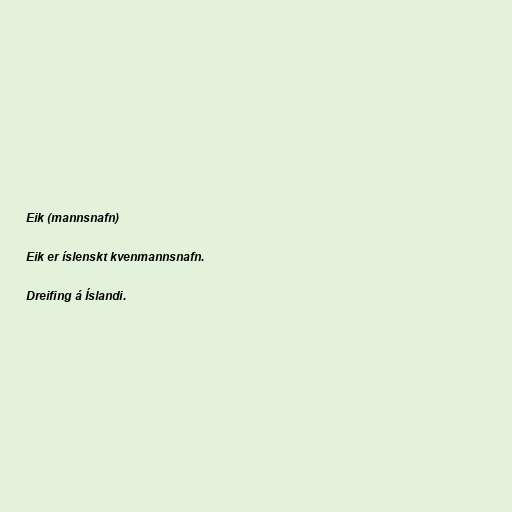
Eik (mannsnafn)

Eik er íslenskt kvenmannsnafn.

Dreifing á Íslandi.